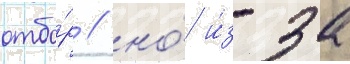
отбо́р / но́ и́з-за